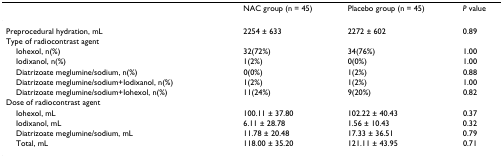
|  | NAC group (n = 45) | Placebo group (n = 45) | P value |
 | --- | --- | --- | --- |
 | Preprocedural hydration, mL | 2254 ± 633 | 2272 ± 602 | 0.89 |
 | Type of radiocontrast agent |  |  |  |
 | Iohexol, n(%) | 32(72%) | 34(76%) | 1.00 |
 | Iodixanol, n(%) | 1(2%) | 0(0%) | 1.00 |
 | Diatrizoate meglumine/sodium, n(%) | 0(0%) | 1(2%) | 0.88 |
 | Diatrizoate meglumine/sodium+Iodixanol, n(%) | 1(2%) | 1(2%) | 1.00 |
 | Diatrizoate meglumine/sodium+Iohexol, n(%) | 11(24%) | 9(20%) | 0.82 |
 | Dose of radiocontrast agent |  |  |  |
 | Iohexol, mL | 100.11 ± 37.80 | 102.22 ± 40.43 | 0.37 |
 | Iodixanol, mL | 6.11 ± 28.78 | 1.56 ± 10.43 | 0.32 |
 | Diatrizoate meglumine/sodium, mL | 11.78 ± 20.48 | 17.33 ± 36.51 | 0.79 |
 | Total, mL | 118.00 ± 35.20 | 121.11 ± 43.95 | 0.71 |